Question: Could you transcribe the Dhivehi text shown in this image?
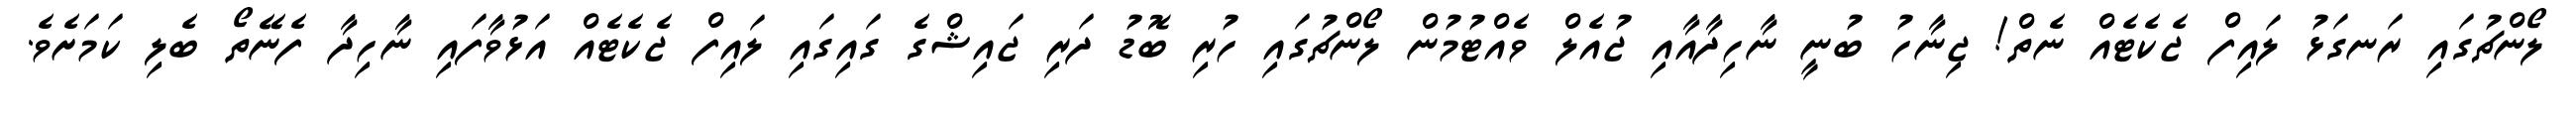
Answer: ލޯންޗުގައި ރަނގަޅު ލައިފް ޖެކެޓެއް ނެތް! ޖިނާހު ބުނީ ނާހިދާއާއި ޖުއެލް ވެއްޓުމުން ލޯންޗުގައި ހުރި ބޮޑު ދަރި ޖައިޝްގެ ގައިގައި ލައިފް ޖެކެޓެއް އަޅުވާފައި ނާހިދާ ފެނޭތޯ ބެލި ކަމަށެވެ.